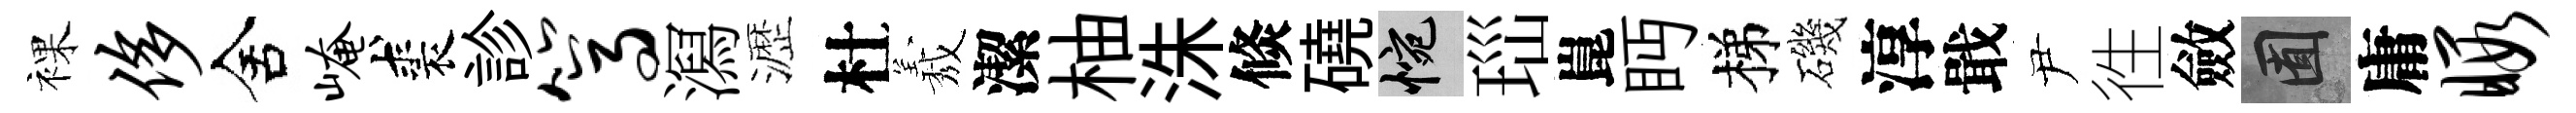
裸侈舍崦裘診篙㵼瀝杜𦏁潔柚洙倐磽惋𤤼崑眄梯磯淳戢尹徃斂囿庸暇